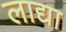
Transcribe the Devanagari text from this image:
लाद्या